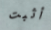
أثبت